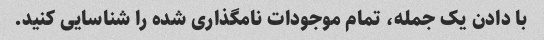
با دادن یک جمله، تمام موجودات نامگذاری شده را شناسایی کنید.